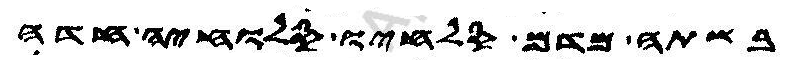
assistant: בשתה מדם סלחיו סלוחיה חדה